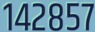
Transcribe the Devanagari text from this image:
१४२८५७